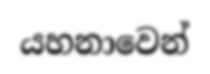
යහනාවෙන්